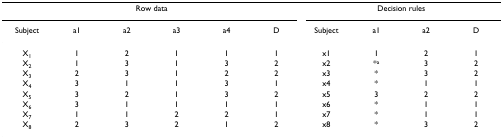
<table><thead><tr><td colspan="6"><b>Row data</b></td><td colspan="4"><b>Decision rules</b></td></tr><tr><td><b>Subject</b></td><td><b>a1</b></td><td><b>a2</b></td><td><b>a3</b></td><td><b>a4</b></td><td><b>D</b></td><td><b>Subject</b></td><td><b>a1</b></td><td><b>a2</b></td><td><b>D</b></td></tr></thead><tbody><tr><td>X<sub>1</sub></td><td>1</td><td>2</td><td>1</td><td>1</td><td>1</td><td>x1</td><td>1</td><td>2</td><td>1</td></tr><tr><td>X<sub>2</sub></td><td>1</td><td>3</td><td>1</td><td>3</td><td>2</td><td>x2</td><td>*<sup>a</sup></td><td>3</td><td>2</td></tr><tr><td>X<sub>3</sub></td><td>2</td><td>3</td><td>1</td><td>2</td><td>2</td><td>x3</td><td>*</td><td>3</td><td>2</td></tr><tr><td>X<sub>4</sub></td><td>3</td><td>1</td><td>1</td><td>3</td><td>1</td><td>x4</td><td>*</td><td>1</td><td>1</td></tr><tr><td>X<sub>5</sub></td><td>3</td><td>2</td><td>1</td><td>3</td><td>2</td><td>x5</td><td>3</td><td>2</td><td>2</td></tr><tr><td>X<sub>6</sub></td><td>3</td><td>1</td><td>1</td><td>1</td><td>1</td><td>x6</td><td>*</td><td>1</td><td>1</td></tr><tr><td>X<sub>7</sub></td><td>1</td><td>1</td><td>2</td><td>2</td><td>1</td><td>x7</td><td>*</td><td>1</td><td>1</td></tr><tr><td>X<sub>8</sub></td><td>2</td><td>3</td><td>2</td><td>1</td><td>2</td><td>x8</td><td>*</td><td>3</td><td>2</td></tr></tbody></table>